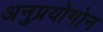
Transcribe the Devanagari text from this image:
अनुप्रयोगोन